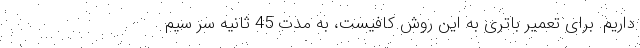
داریم. برای تعمیر باتری به این روش کافیست، به مدت 45 ثانیه سر سیم